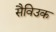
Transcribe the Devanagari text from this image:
सैविउक